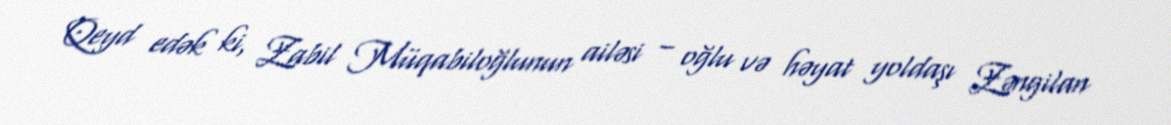
Qeyd edək ki, Zabil Müqabiloğlunun ailəsi – oğlu və həyat yoldaşı Zəngilan